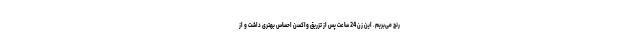
رنج می‌بریم. این زن 24 ساعت پس از تزریق واکسن احساس بهتری داشت و از